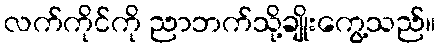
လက်ကိုင်ကို ညာဘက်သို့ချိုးကွေ့သည်။